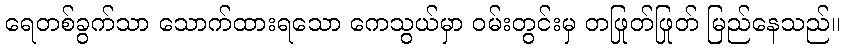
ရေတစ်ခွက်သာ သောက်ထားရသော ကေသွယ်မှာ ဝမ်းတွင်းမှ တဖြုတ်ဖြုတ် မြည်နေသည်။